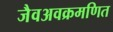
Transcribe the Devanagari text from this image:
जैवअवक्रमणित